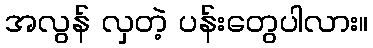
အလွန် လှတဲ့ ပန်းတွေပါလား။